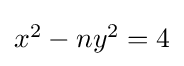
\textstyle x^{2}-ny^{2}=4